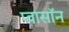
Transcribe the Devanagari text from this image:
प्वासॉन